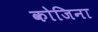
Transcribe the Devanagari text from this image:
कोजिना